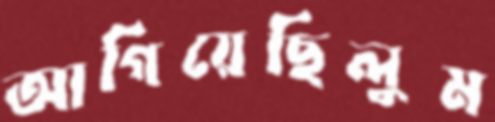
আগিয়েছিলুম